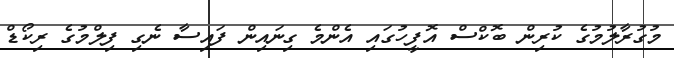
މުގުރާލުމުގެ ކުރިން ބޮކްސް އޮފީހުގައި އެންމެ ގިނައިން ފައިސާ ނެގި ފިލްމުގެ ރިކޯޑް